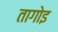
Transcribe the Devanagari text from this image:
तागोइ